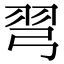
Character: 𢏖